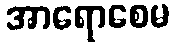
အာရောစေမ